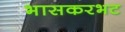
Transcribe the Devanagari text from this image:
भासकरभट